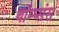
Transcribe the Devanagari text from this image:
थॉम्प्संस